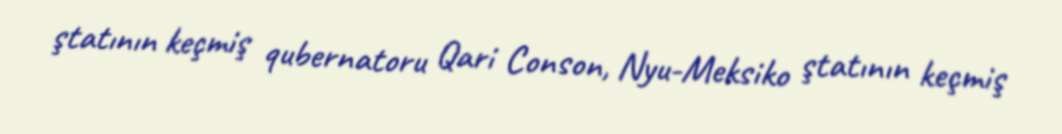
ştatının keçmiş qubernatoru Qari Conson, Nyu-Meksiko ştatının keçmiş